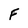
Character: F